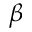
\beta